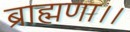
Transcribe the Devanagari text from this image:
ब्राह्मणा।।